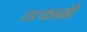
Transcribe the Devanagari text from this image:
तत्काळी